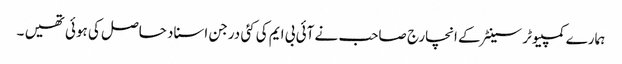
ہمارے کمپیوٹر سینٹر کے انچارج صاحب نے آئی بی ایم کی کئی درجن اسناد حاصل کی ہوئی تھیں ۔